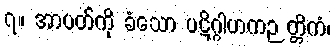
၇။ အာပတ်ကို ခံသော ပဋိဂ္ဂါဟကဉတ္တိကံ၊